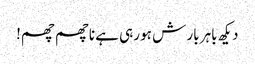
دیکھ باہر بار ش ہو رہی ہے ناچھم چھم!